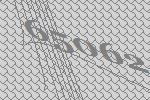
65062